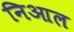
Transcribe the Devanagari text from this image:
निआल